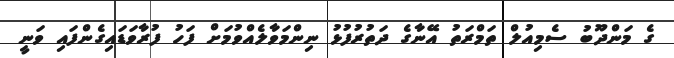
ގެ މަންދޫބު ސެމިއުލް ތަމްރަތު އޭނާގެ ދަތުރުފުޅު ނިންމަވާލެއްވުމަށް ފަހު ފުރާވަޑައިގެންފައި ވަނީ